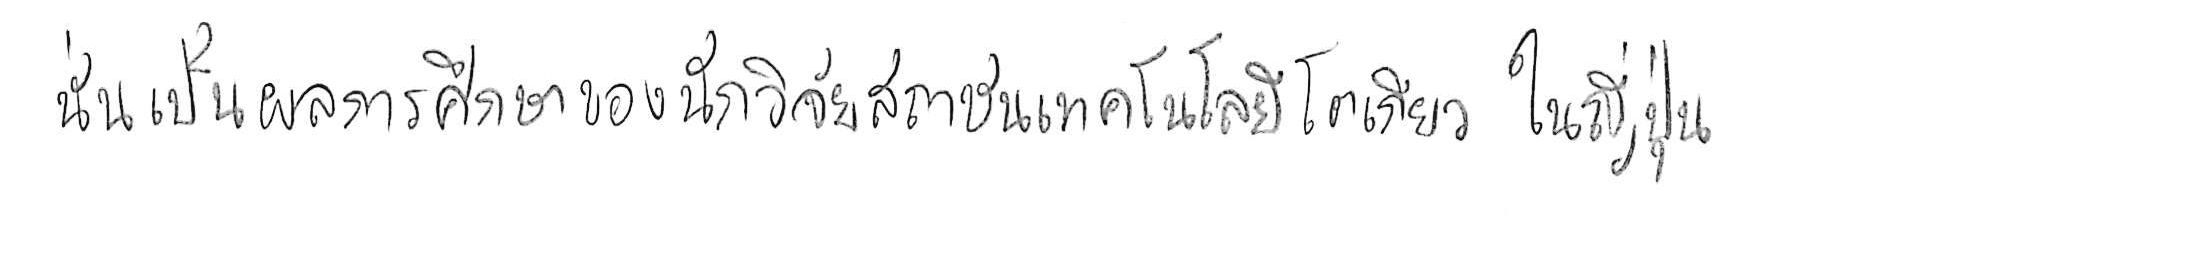
นั่นเป็นผลการศึกษาของนักวิจัยสถาบันเทคโนโลยีโตเกียว ในญี่ปุ่น